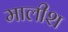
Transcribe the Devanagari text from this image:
मालीश